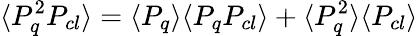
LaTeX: \langle P_{q}^{2}P_{cl}\rangle=\langle P_{q}\rangle\langle P_{q}P_{cl}\rangle+\langle P_{q}^{2}\rangle\langle P_{cl}\rangle